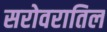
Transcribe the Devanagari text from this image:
सरोवरातिल